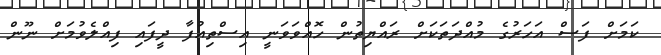
ކަމަށް ފަސް އަހަރުގެ މުއްދަތަކަށް ރައްޔިތުން ހޮއްވަވަނީ އިސްތިއުފާ ދީފައި ފިއްލެވުމަށް ނޫން